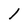
Character: 1